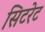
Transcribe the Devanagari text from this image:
सिटरेट